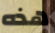
هذه